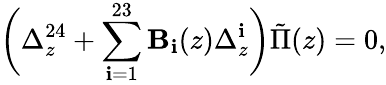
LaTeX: \biggl(\Delta_{z}^{24}+\sum_{\mathbf{i}=1}^{23}{\mathbf{B}}_{\mathbf{i}}(z)\Delta_{z}^{\mathbf{i}}\biggr)\tilde{{\Pi}}(z)=0,